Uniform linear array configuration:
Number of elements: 8
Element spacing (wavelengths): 0.75
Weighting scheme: cosine
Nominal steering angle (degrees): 60
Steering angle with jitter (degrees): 60.623
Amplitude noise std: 0.05
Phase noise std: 0.05

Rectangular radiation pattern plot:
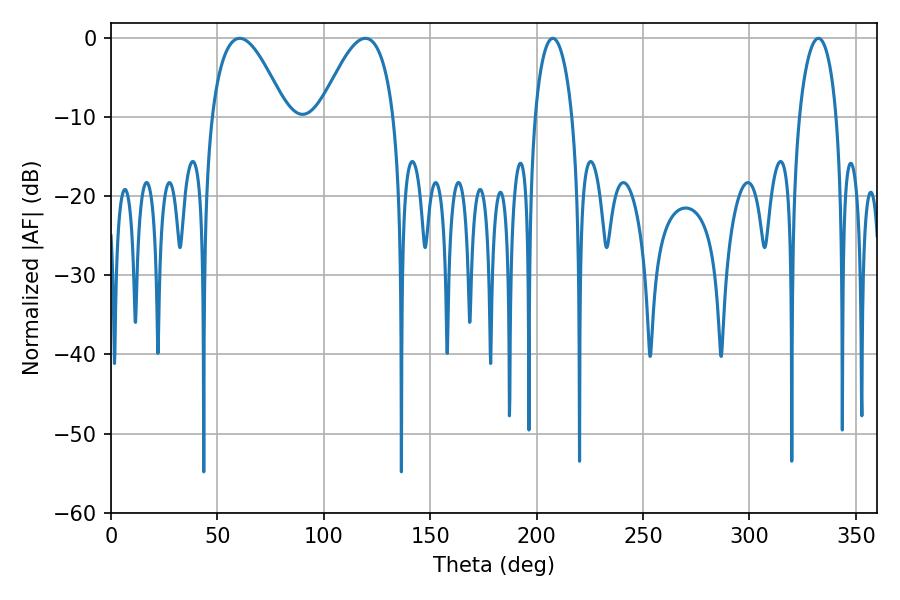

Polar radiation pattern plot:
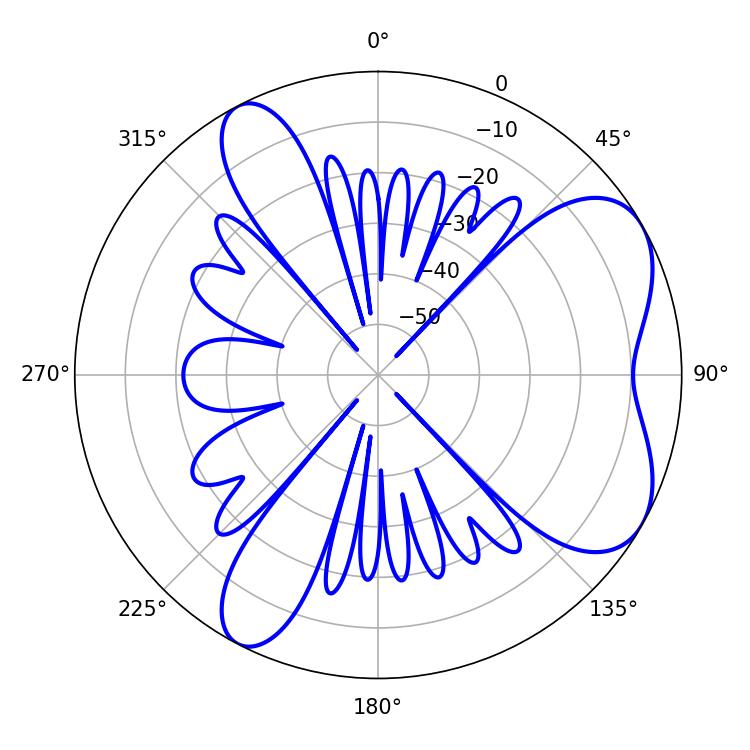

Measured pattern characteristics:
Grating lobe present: TRUE
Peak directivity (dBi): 6.215
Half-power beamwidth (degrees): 19.08
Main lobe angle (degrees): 60.48